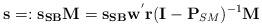
LaTeX: \begin{align*} {\mathbf{s}}=:{\mathbf{s}}_{\mathbf{SB}} \mathbf{M}={\mathbf{s}}_{\mathbf{SB}} {{\mathbf{w}}}^{'}{\mathbf{r}} (\mathbf{I}-\mathbf{P}_{SM})^{-1} \mathbf{M} \end{align*}